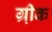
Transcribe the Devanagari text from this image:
ग्री़क